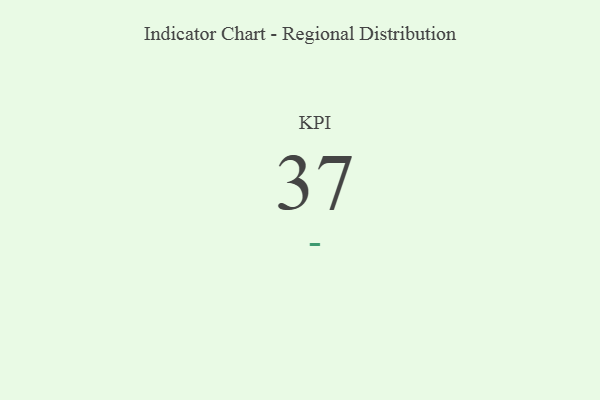
{"axis": {"x": "KPI", "y": "Value"}, "legend": [""], "data": [{"x": "KPI", "y": 37, "type": ""}]}